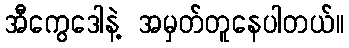
အီကွေဒေါနဲ့ အမှတ်တူနေပါတယ်။